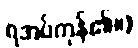
ရအပ်ကုန်၏။)